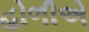
હોળીએ